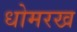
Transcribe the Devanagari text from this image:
धोमरख